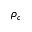
\rho _ { c }